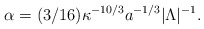
\begin{align*}\alpha = (3/16)\kappa^{-10/3}a^{-1/3}|\Lambda|^{-1}.\end{align*}